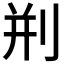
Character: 𠛼